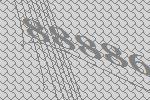
88886